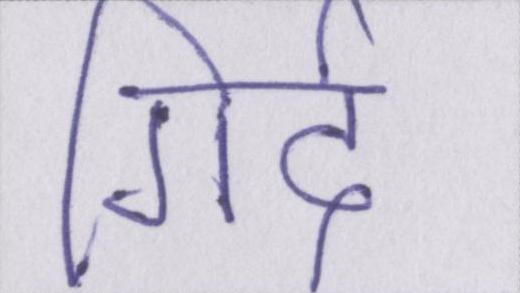
गिर्द